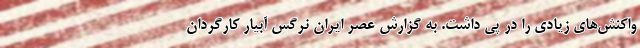
واکنش‌های زیادی را در پی داشت. به گزارش عصر ایران نرگس آبیار کارگردان